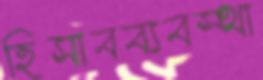
হিসাবব্যবস্থা